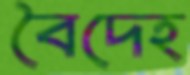
বৈদেহ